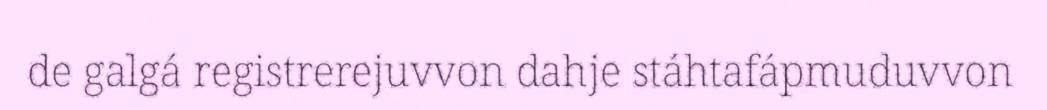
de galgá registrerejuvvon dahje stáhtafápmuduvvon